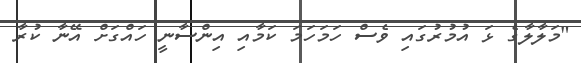
"މަލާލާގެ ޅަ އުމުރުގައި ވެސް ހަމަހަމަ ކަމާއި އިންސާނީ ހައްގަށް އޭނާ ކުރާ